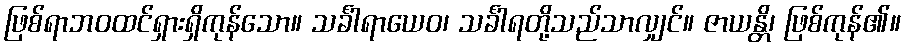
ဖြစ်ရာဘဝထင်ရှားရှိကုန်သော။ သင်္ခါရာယေဝ၊ သင်္ခါရတို့သည်သာလျှင်။ ဇာယန္တိ၊ ဖြစ်ကုန်၏။